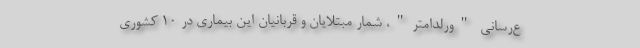
ع‌رسانی "ورلداُمتر"، شمار مبتلایان و قربانیان این بیماری در ۱۰ کشوری